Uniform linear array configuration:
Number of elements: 64
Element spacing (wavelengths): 0.75
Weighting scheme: cosine
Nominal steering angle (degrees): -30
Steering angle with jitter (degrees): -29.464
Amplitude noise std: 0.05
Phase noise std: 0.05

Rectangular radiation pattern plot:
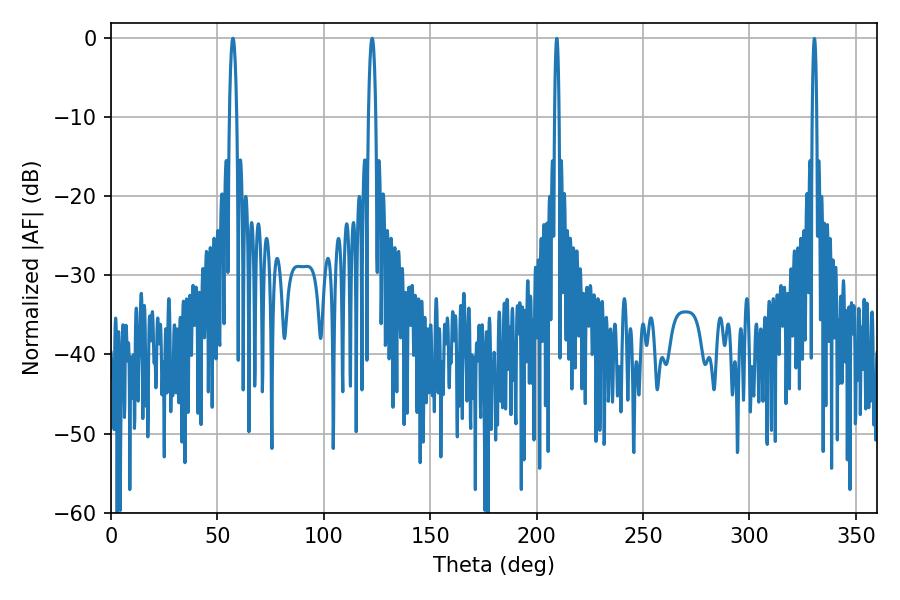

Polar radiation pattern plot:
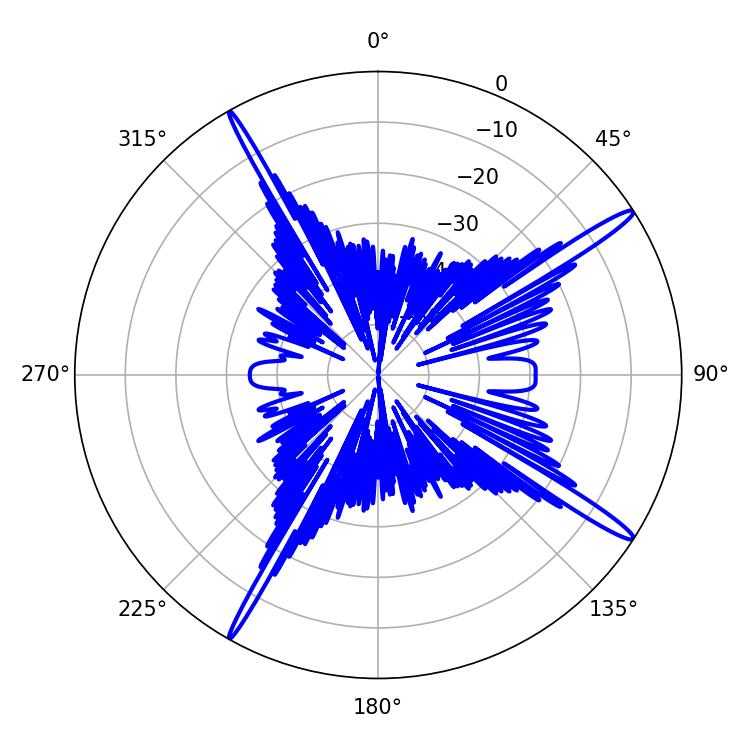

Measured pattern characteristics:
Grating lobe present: TRUE
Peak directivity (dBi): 16.763
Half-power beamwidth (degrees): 1.98
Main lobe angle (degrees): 122.76